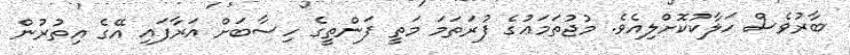
ބާރުވެސް ހަލާކުކޮށްލިއެވެ. މުޖުތަމަޢުގެ ފުރަތަމަ މަތީ ފަންތީގެ ހިސާބަށް އަރާފައި އޭގެ އިތުރުން